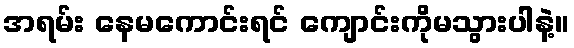
အရမ်း နေမကောင်းရင် ကျောင်းကိုမသွားပါနဲ့။